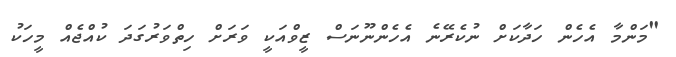
"މަންމާ އެހެން ހަދާކަށް ނުކެރޭނެ އެހެންނޫނަސް ޒީވްއަކީ ވަރަށް ހިތްވަރުގަދަ ކުއްޖެއް މީހަކު